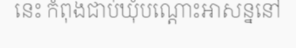
នេះ កំពុងជាប់ឃុំបណ្តោះអាសន្ននៅ